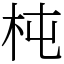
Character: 杶